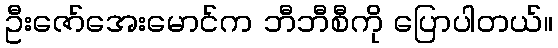
ဦးဇော်အေးမောင်က ဘီဘီစီကို ပြောပါတယ်။